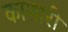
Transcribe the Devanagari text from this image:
काणारी